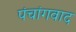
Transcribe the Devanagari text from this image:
पंचांगवाद